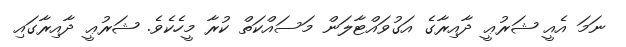
ނަމަ އެއީ ޝަރުޢީ ދާއިރާގެ އަގުވައްޓާލަން މަސައްކަތް ކުރާ މީހެކެވެ. ޝަރުޢީ ދާއިރާގައި